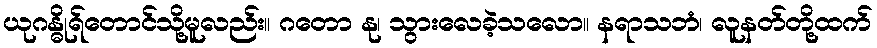
ယုဂန္ဓိုရ်တောင်သို့မူလည်း။ ဂတော နု၊ သွားလေခဲ့သလော။ နရာသဘံ၊ လူနတ်တို့ထက်